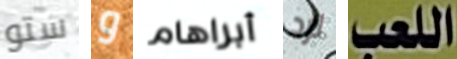
ستو و أبراهام لرد اللعب